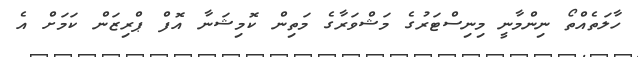
ހާލަތެއްތޯ ނިންމާނީ މިނިސްޓަރުގެ މަޝްވަރާގެ މަތިން ކޮމިޝަނާ އޮފް ޕްރިޒަން ކަމަށް އެ